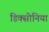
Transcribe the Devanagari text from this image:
डिक्सोनिया